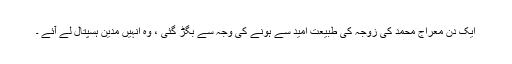
ایک دن معراج محمد کی زوجہ کی طبیعت امید سے ہونے کی وجہ سے بگڑ گئی ، وہ انہیں مدین ہسپتال لے آئے ۔